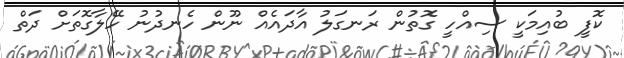
ކޮފީ ބުއިމަކީ ސިއްހީ ގޮތުން ރަނގަލު އާދައެއް ނޫން ހެނދުނު ހޭލާގޮތަށް ދަތް